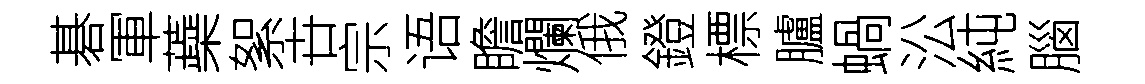
碁軍蘃絮卋宗语瞻爛俄鐙標臚蝸㳂純腦